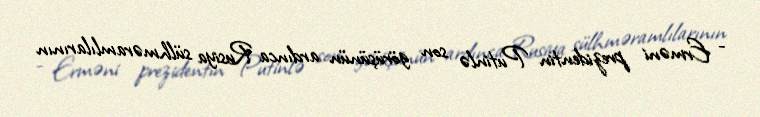
- Erməni prezidentin Putinlə son görüşünün ardınca Rusiya sülhməramlılarının